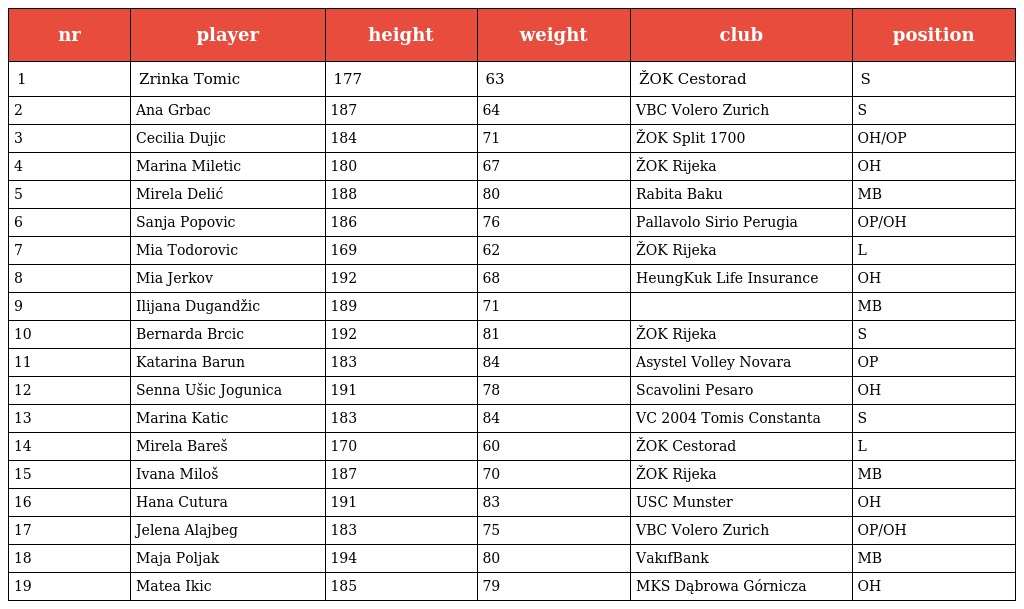
| nr | player | height | weight | club | position |
 | --- | --- | --- | --- | --- | --- |
 | 1 | Zrinka Tomic | 177 | 63 | ŽOK Cestorad | S |
 | 2 | Ana Grbac | 187 | 64 | VBC Volero Zurich | S |
 | 3 | Cecilia Dujic | 184 | 71 | ŽOK Split 1700 | OH/OP |
 | 4 | Marina Miletic | 180 | 67 | ŽOK Rijeka | OH |
 | 5 | Mirela Delić | 188 | 80 | Rabita Baku | MB |
 | 6 | Sanja Popovic | 186 | 76 | Pallavolo Sirio Perugia | OP/OH |
 | 7 | Mia Todorovic | 169 | 62 | ŽOK Rijeka | L |
 | 8 | Mia Jerkov | 192 | 68 | HeungKuk Life Insurance | OH |
 | 9 | Ilijana Dugandžic | 189 | 71 |  | MB |
 | 10 | Bernarda Brcic | 192 | 81 | ŽOK Rijeka | S |
 | 11 | Katarina Barun | 183 | 84 | Asystel Volley Novara | OP |
 | 12 | Senna Ušic Jogunica | 191 | 78 | Scavolini Pesaro | OH |
 | 13 | Marina Katic | 183 | 84 | VC 2004 Tomis Constanta | S |
 | 14 | Mirela Bareš | 170 | 60 | ŽOK Cestorad | L |
 | 15 | Ivana Miloš | 187 | 70 | ŽOK Rijeka | MB |
 | 16 | Hana Cutura | 191 | 83 | USC Munster | OH |
 | 17 | Jelena Alajbeg | 183 | 75 | VBC Volero Zurich | OP/OH |
 | 18 | Maja Poljak | 194 | 80 | VakıfBank | MB |
 | 19 | Matea Ikic | 185 | 79 | MKS Dąbrowa Górnicza | OH |